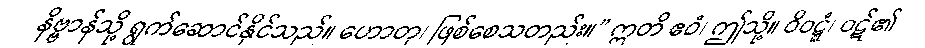
နိဗ္ဗာန်သို့ ရွက်ဆောင်နိုင်သည်။ ဟောတု၊ ဖြစ်စေသတည်း။” ဣတိ ဧဝံ၊ ဤသို့။ ဝိဝဋ္ဋံ၊ ဝဋ်၏